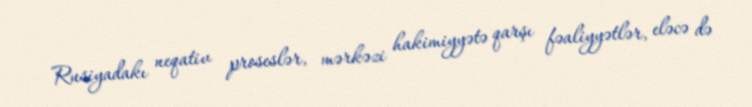
Rusiyadakı neqativ proseslər, mərkəzi hakimiyyətə qarşı fəaliyyətlər, eləcə də